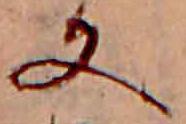
又